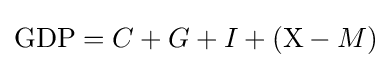
\mathrm {GDP} =C+G+I+\left(\mathrm {X} -M\right)